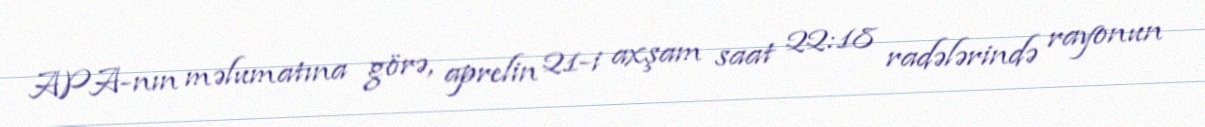
APA-nın məlumatına görə, aprelin 21-i axşam saat 22:18 radələrində rayonun